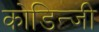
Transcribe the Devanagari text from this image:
कोडिन्जी